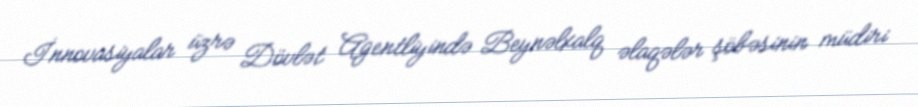
İnnovasiyalar üzrə Dövlət Agentliyində Beynəlxalq əlaqələr şöbəsinin müdiri